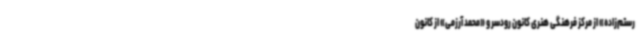
رستم‌زاده» از مرکز فرهنگی هنری کانون رودسر و «محمد آرزمی» از کانون